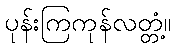
ပုန်းကြကုန်လတ္တံ့။